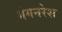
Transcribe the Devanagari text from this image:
गंगनरेश